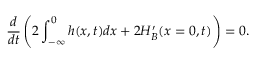
\frac { d } { d t } \left( 2 \int _ { - \infty } ^ { 0 } h ( x , t ) d x + 2 H _ { B } ^ { \prime } ( x = 0 , t ) \right) = 0 .